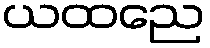
ယထညေ